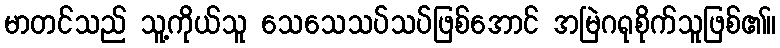
မာတင်သည် သူ့ကိုယ်သူ သေသေသပ်သပ်ဖြစ်အောင် အမြဲဂရုစိုက်သူဖြစ်၏။